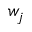
w _ { j }